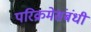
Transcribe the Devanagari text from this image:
परिक्रमेसंबंधी